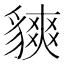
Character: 𧴅